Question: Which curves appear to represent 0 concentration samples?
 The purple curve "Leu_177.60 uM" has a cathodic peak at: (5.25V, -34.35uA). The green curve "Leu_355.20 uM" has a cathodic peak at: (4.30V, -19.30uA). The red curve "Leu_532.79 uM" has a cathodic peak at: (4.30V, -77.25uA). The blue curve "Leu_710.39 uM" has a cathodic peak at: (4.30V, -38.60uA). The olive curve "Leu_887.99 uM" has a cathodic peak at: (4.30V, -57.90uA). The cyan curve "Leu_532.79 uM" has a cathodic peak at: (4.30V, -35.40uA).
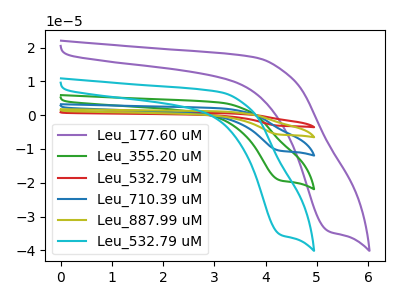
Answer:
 <answer>There are not any CV's on this graph that are likely to be blanks.</answer>
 <eval>none</eval>